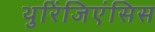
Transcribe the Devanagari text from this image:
थुरिंजिएंसिस